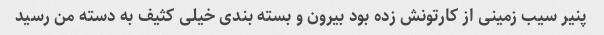
پنیر سیب زمینی از کارتونش زده بود بیرون و بسته بندی خیلی کثیف به دسته من رسید